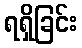
ရရှိခြင်း